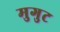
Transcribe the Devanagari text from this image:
मुगुट